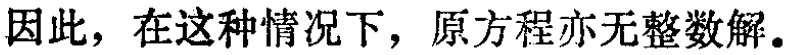
因此，在这种情况下，原方程亦无整数解。